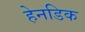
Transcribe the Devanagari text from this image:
हेनडिक